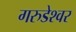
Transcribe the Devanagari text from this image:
गरुडेश्‍वर